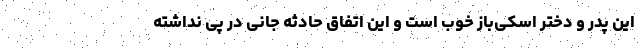
این پدر و دختر اسکی‌باز خوب است و این اتفاق حادثه جانی در پی نداشته